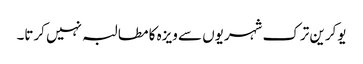
یوکرین ترک شہریوں سے ویزہ کا مطالبہ نہیں کرتا۔